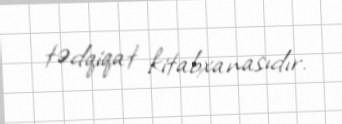
tədqiqat kitabxanasıdır.